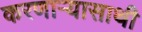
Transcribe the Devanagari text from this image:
करणार्‍यासाथी